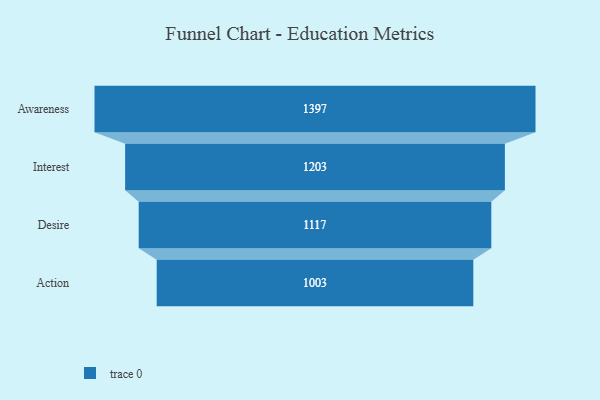
{"axis": {"x": "Stage", "y": "Value"}, "legend": [""], "data": [{"x": "Awareness", "y": 1397.0, "type": ""}, {"x": "Interest", "y": 1203.0, "type": ""}, {"x": "Desire", "y": 1117.0, "type": ""}, {"x": "Action", "y": 1003.0, "type": ""}]}